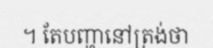
។ តែបញ្ហានៅត្រង់ថា